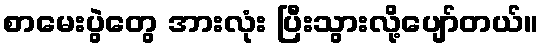
စာမေးပွဲတွေ အားလုံး ပြီးသွားလို့ပျော်တယ်။